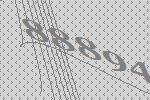
88894